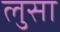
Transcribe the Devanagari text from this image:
लुसा